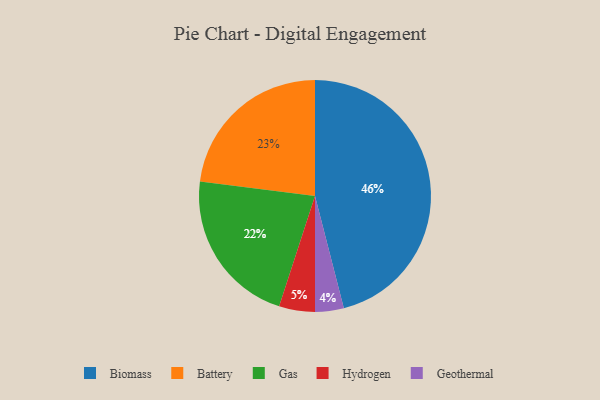
{"axis": {"x": "Category", "y": "Percentage"}, "legend": ["Battery", "Biomass", "Gas", "Geothermal", "Hydrogen"], "data": [{"x": "Biomass", "y": 46, "type": "Biomass"}, {"x": "Gas", "y": 22, "type": "Gas"}, {"x": "Battery", "y": 23, "type": "Battery"}, {"x": "Geothermal", "y": 4, "type": "Geothermal"}, {"x": "Hydrogen", "y": 5, "type": "Hydrogen"}]}